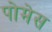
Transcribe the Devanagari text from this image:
पोमेस